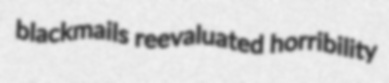
blackmails reevaluated horribility